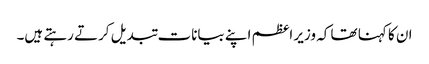
ان کا کہنا تھا کہ وزیر اعظم اپنے بیانات تبدیل کرتے رہتے ہیں۔